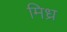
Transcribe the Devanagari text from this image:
मिध्र